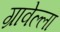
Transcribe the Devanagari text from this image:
ग्रावेल्ला